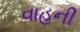
વાહની